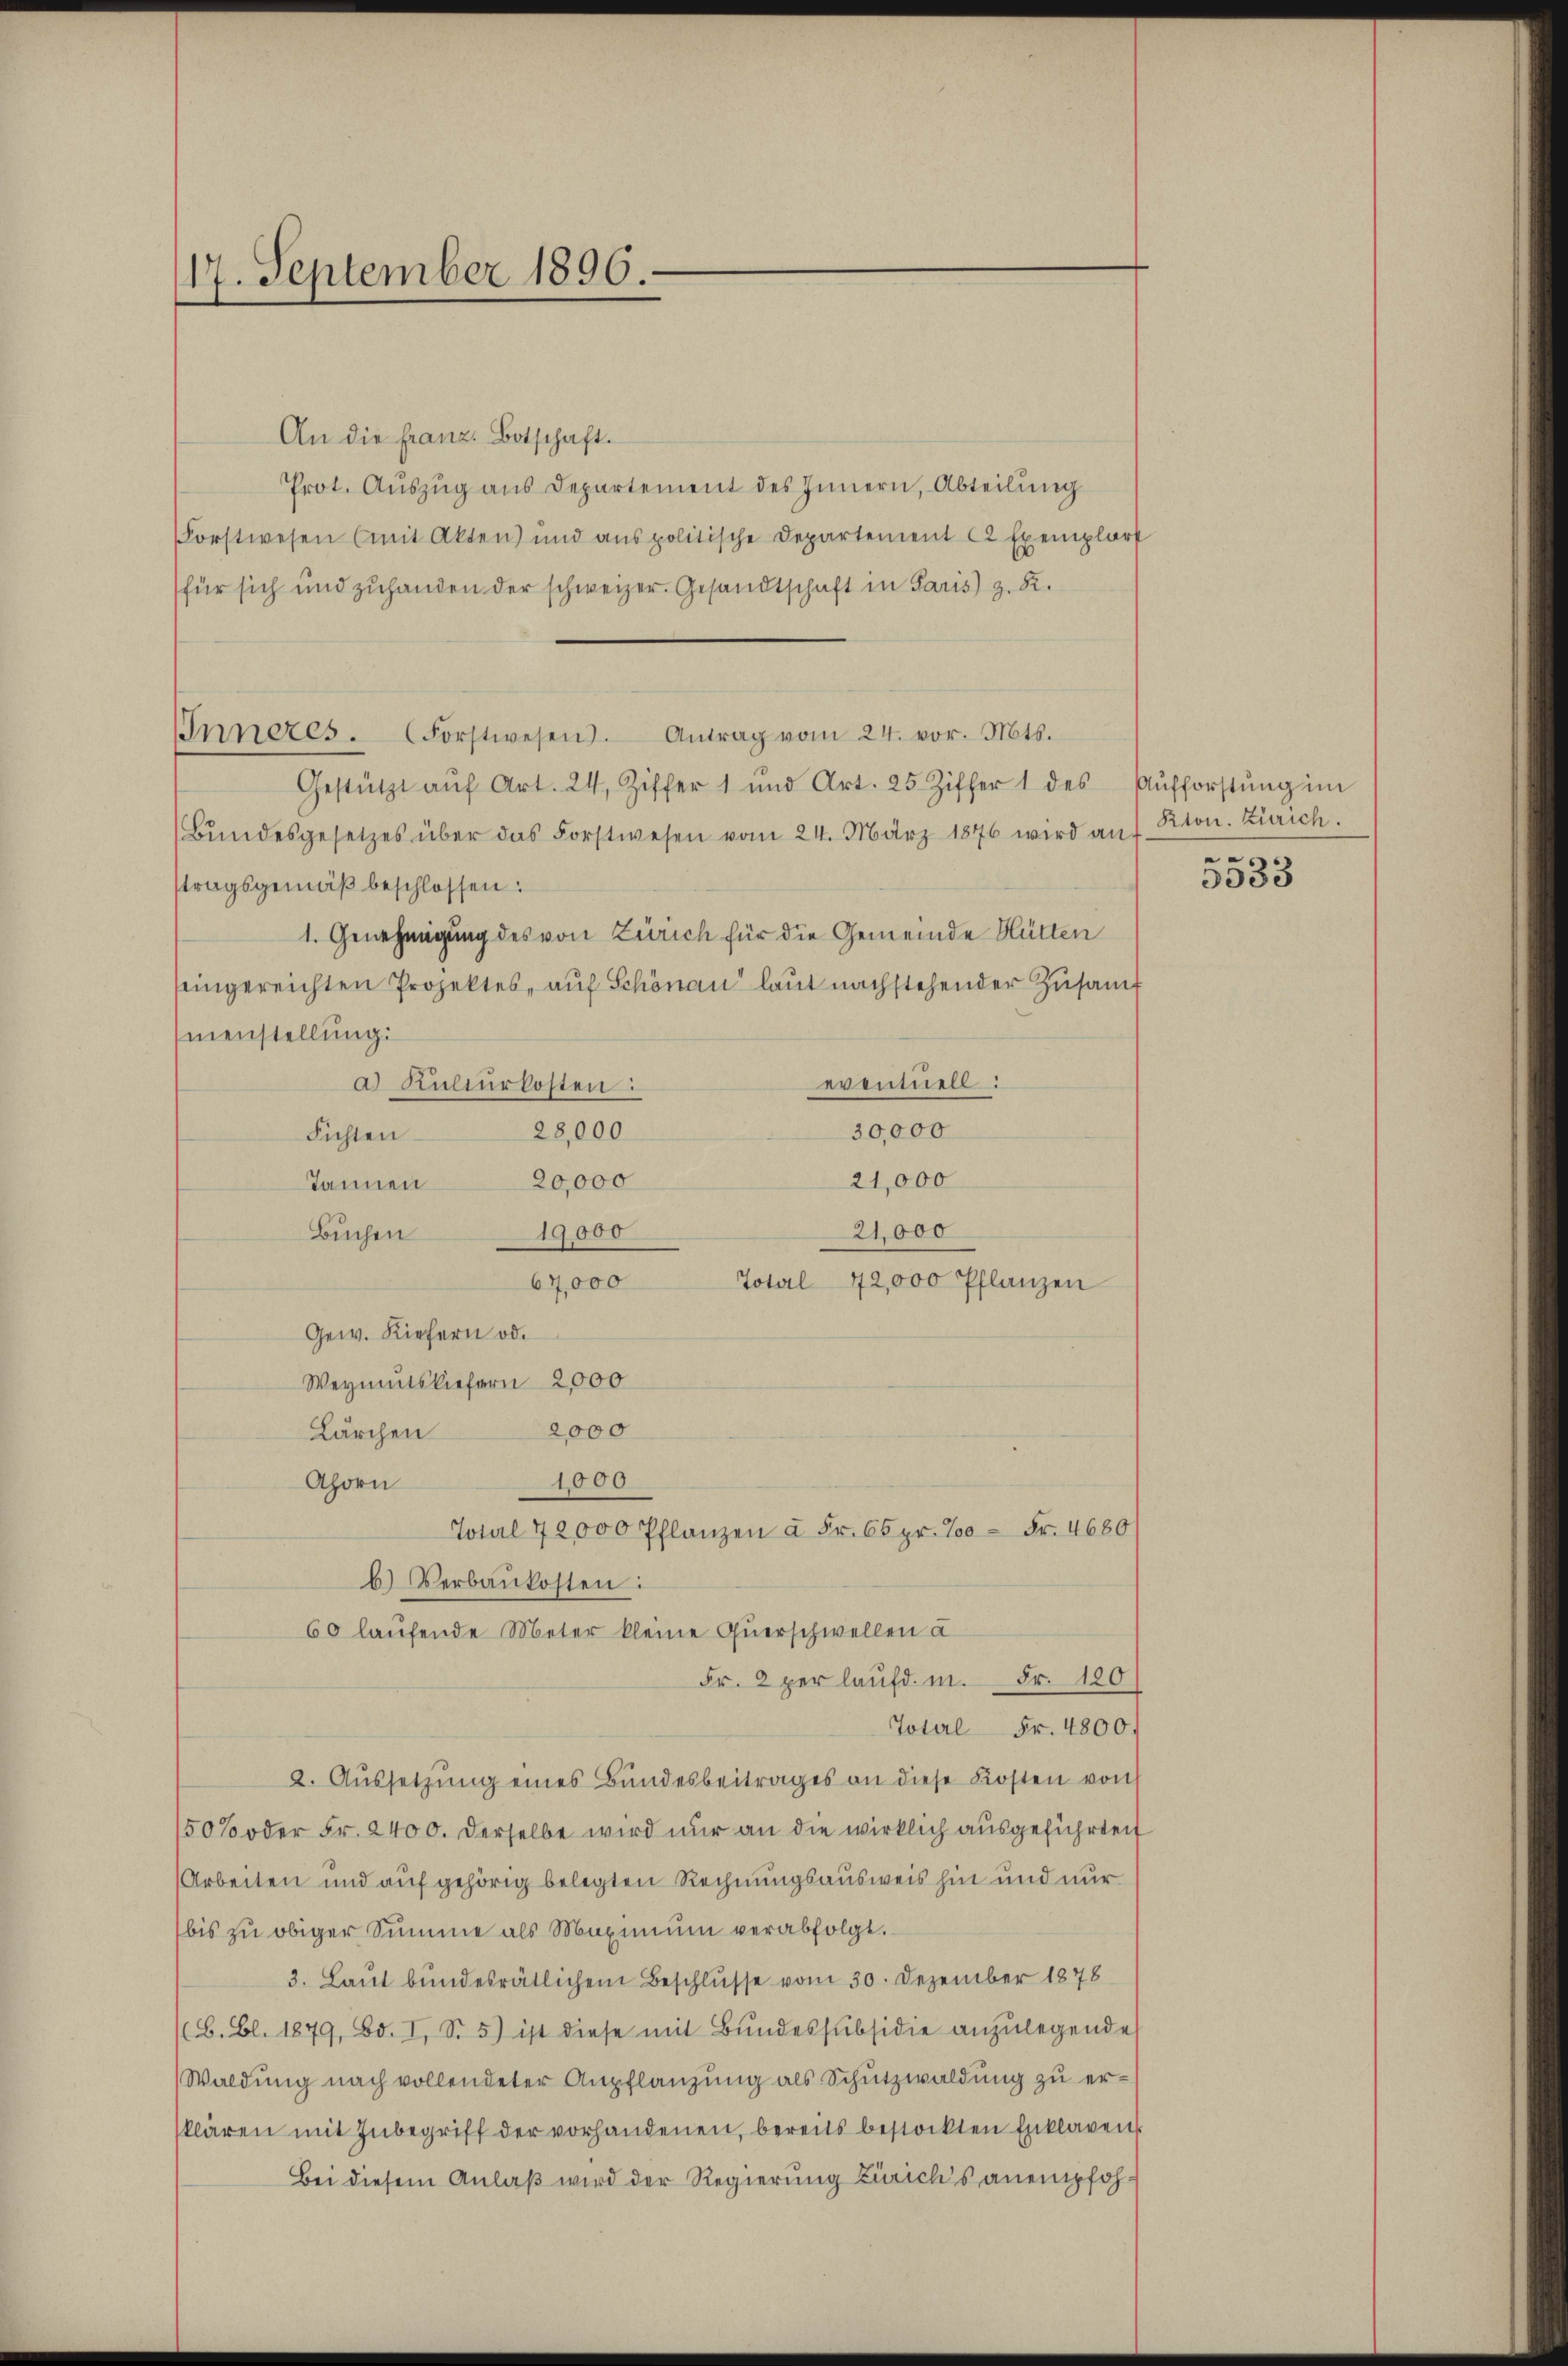
17. September 1896.

An die Franz Botschaft.
Prot. Auszug aus Departement des Innern, Abteilung
Forstwesen (mit Akten) und aus politische Departement 2 Exemplort
für sich und zuhanden der schweizer. Gesandtschaft in Paris) z. R.
Inneres. (Forstwesen. Antrag vom 24. vor. Mts.
Gestützt aŭf Art. 24, Ziffer 1 und Art. 25 Ziffer 1 des Aŭfforstŭng im
Bŭndesgesetzes über das Forstwesen vom 24. März 1876 wird auf Rton. Zürich.
stragsgemäß beschlossen:
1. Genehmigung des von Zürich für die Gemeinde Hütten
seingereichten Projektes, auf Schönau laut nachstehender Zusamt
menstellung:
eventuell:
a Kulturkosten:
30,000
28,000
Fichten
21,000
20,000
Tannen
21,000
19,000
Buchen
67,000
Total 42,000 Pflanzen
Gew. Kiefern od.
Weymutsliefern 2000
2000
Lärchen
1000
Ahorn
Total 72000 Pflanzen à Fr. 65 pr. 700 = Fr. 4680
b) Verbaukosten:
60 laufende Meter kleine Querschwellen à
Fr. 2 per laufd. m. Fr. 120
Total Fr. 4800f
2. Aŭssetzŭng eines Bundesbeitrages an diese Kosten von
150% oder Fr. 2400. Derselbe wird nur an die wirklich ausgeführteit
Arbeiten und auf gehörig belegten Rechnungsausweis hin und nur
bis zŭ obiger Summe als Maximŭm verabfolgt.
3. Laut bundesrätlichem Beschlusse vom 30. Dezember 1878
(B. Bl. 1879, Bd. I, S. 5) ist diese mit Bŭndessubsidie anzŭlegende
Waldung nach vollendeter Anpflanzung als Schutzwaldung zu erklären mit Inbegriff der vorhandenen, bereits bestockten Enklagen
Bei diesem Anlaß wird der Regierung Zürich’s anempfoh¬

n

3033